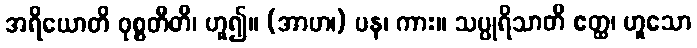
အရိယောတိ ဝုစ္စတီတိ၊ ဟူ၍။ (အာဟ၊) ပန၊ ကား။ သပ္ပုရိသာတိ ဧတ္ထ၊ ဟူသော